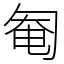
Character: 匎